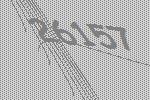
26157